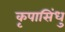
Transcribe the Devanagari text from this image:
कृपासिंधु